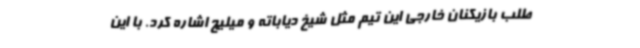
طلب بازیکنان خارجی این تیم مثل شیخ دیاباته و میلیچ اشاره کرد. با این